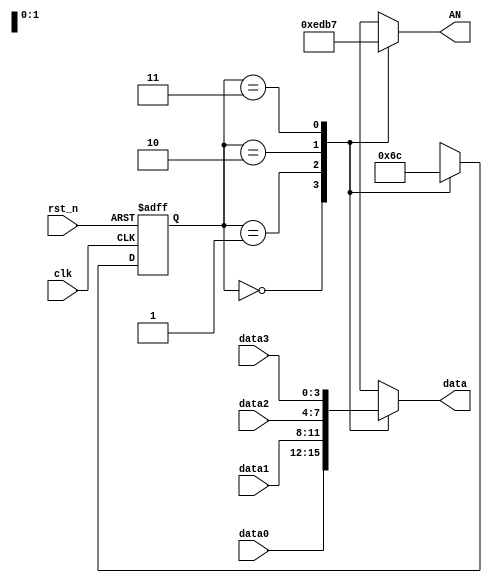
`timescale 1ns / 1ps
//////////////////////////////////////////////////////////////////////////////////
// Company: 
// Engineer: 
// 
// Design Name: 
// Module Name: DISP_Select
// Project Name: 
// Target Devices: 
// Tool Versions: 
// Description: 
// 
// Dependencies: 
// 
// Revision:
// Revision 0.01 - File Created
// Additional Comments:
// 
//////////////////////////////////////////////////////////////////////////////////


module DISP_Select(
    input wire  rst_n,
    input wire clk,//250Hz
    input wire [3:0] data0,data1,data2,data3,
    output reg [3:0] data,
    output reg [3:0] AN
    );
    
   reg [1:0] state = 0;
   parameter S0 = 0,S1 = 1,S2 = 2,S3 = 3;
    
always@( posedge clk ,negedge rst_n)
    begin
    if(!rst_n)
        state <=S0;
    else
        case ( state )
            S0: state <=S1;
            S1: state <=S2;
            S2: state <=S3;
            S3: state <=S0;
            default:
                state <=S0;
        endcase
    end
    
always@( state ,data0,data1,data2,data3) 
    begin    
    case ( state )
        S0:
            begin
                data <= data0;
                AN   <= 4'b1110;
            end    
        S1:
            begin
                data <= data1;
                AN   <= 4'b1101;
            end   
        S2:
            begin
                data <= data2;
                AN   <= 4'b1011;
            end      
        S3:
            begin
                data <= data3;
                AN   <= 4'b0111;
            end      
     endcase
     end
    
    
endmodule